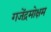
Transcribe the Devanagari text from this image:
गजेंद्रमोक्षम